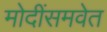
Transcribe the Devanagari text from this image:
मोदींसमवेत